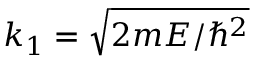
k _ { 1 } = { \sqrt { 2 m E / \hbar ^ { 2 } } }